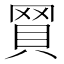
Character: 𧵽